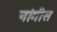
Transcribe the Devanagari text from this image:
नांगीस